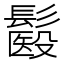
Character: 𩮾